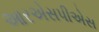
આરએસપીએસ